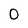
Character: 0